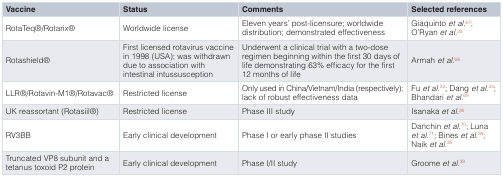
<table><thead><tr><td><b>Vaccine</b></td><td><b>Status</b></td><td><b>Comments</b></td><td><b>Selected references</b></td></tr></thead><tbody><tr><td>RotaTeq®/Rotarix®</td><td>Worldwide license</td><td>Eleven years’ post-licensure; worldwidedistribution; demonstrated effectiveness</td><td>Giaquinto<i>et al</i>.<sup>67</sup>;O'Ryan<i>et al</i>.<sup>20</sup></td></tr><tr><td>Rotashield®</td><td>First licensed rotavirus vaccinein 1998 (USA); was withdrawndue to association withintestinal intussusception</td><td>Underwent a clinical trial with a two-doseregimen beginning within the first 30 days oflife demonstrating 63% efficacy for the first12 months of life</td><td>Armah<i>et al</i>.<sup>68</sup></td></tr><tr><td>LLR®/Rotavin-M1®/Rotavac®</td><td>Restricted license</td><td>Only used in China/Vietnam/India (respectively);lack of robust effectiveness data</td><td>Fu<i>et al</i>.<sup>32</sup>; Dang<i>et al</i>.<sup>34</sup>;Bhandari<i>et al</i>.<sup>69</sup></td></tr><tr><td>UK reassortant (Rotasiil®)</td><td>Restricted license</td><td>Phase III study</td><td>Isanaka<i>et al</i>.<sup>36</sup></td></tr><tr><td>RV3BB</td><td>Early clinical development</td><td>Phase I or early phase II studies </td><td>Danchin<i>et al</i>.<sup>70</sup>; Luna<i>et al</i>.<sup>71</sup>; Bines<i>et al</i>.<sup>38</sup>;Naik<i>et al</i>.<sup>35</sup></td></tr><tr><td>Truncated VP8 subunit and atetanus toxoid P2 protein</td><td>Early clinical development</td><td>Phase I/II study</td><td>Groome<i>et al</i>.<sup>39</sup></td></tr></tbody></table>